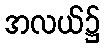
အလယ်၌